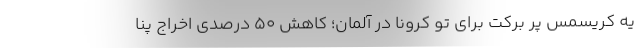
یه کریسمس پر برکت برای تو کرونا در آلمان؛ کاهش 50 درصدی اخراج پنا